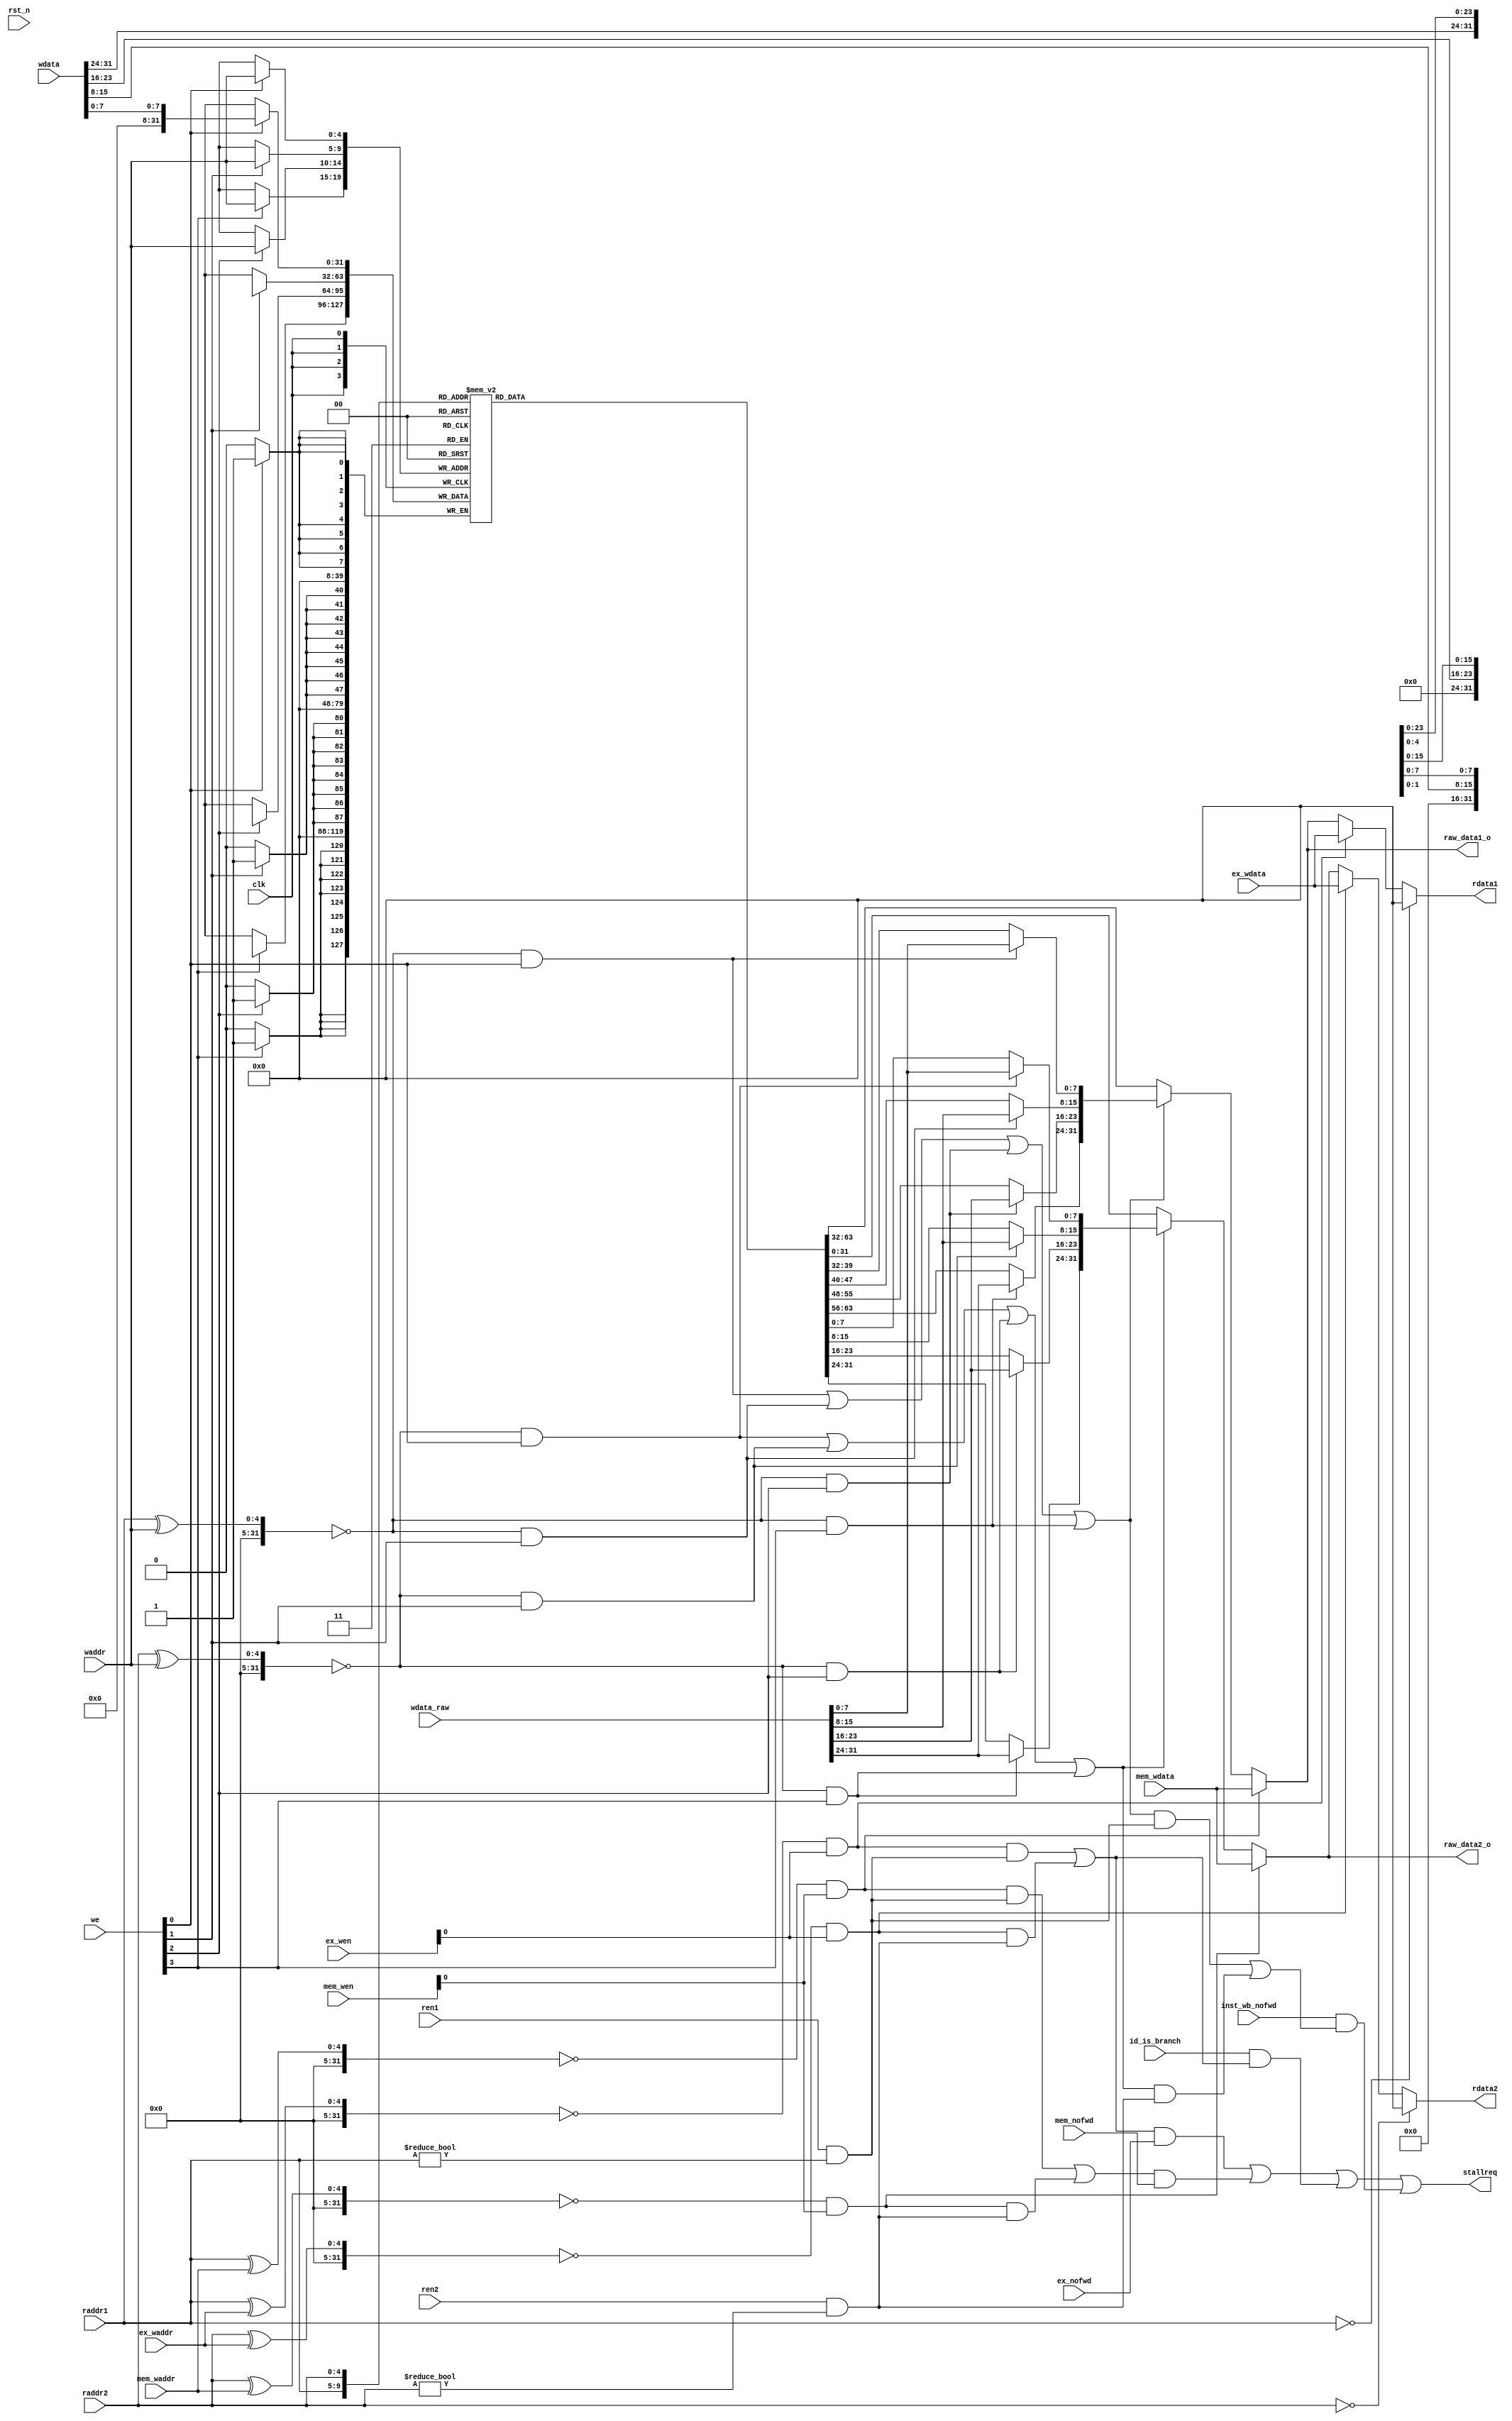
module regfile
(
	input 	wire		 	clk,
    input   wire            rst_n,
	//for read
	input	wire 			ren1,
	input	wire 			ren2,
	input 	wire [ 4: 0]	raddr1,
	input 	wire [ 4: 0]	raddr2,
	output 	wire [31: 0]	rdata1,
	output 	wire [31: 0]	rdata2,
	//for write
	input 	wire [ 3: 0]	we,
	input 	wire [ 4: 0]	waddr,
	input	wire [31: 0]	wdata,
    input   wire [31: 0]    wdata_raw,//used for bypass
	//for bypass
	input 	wire [ 3: 0]	ex_wen,
	input	wire [ 4: 0]	ex_waddr,
	input 	wire [31: 0]	ex_wdata,
	input 	wire [ 3: 0]	mem_wen,
	input	wire [ 4: 0]	mem_waddr,
	input 	wire [31: 0]	mem_wdata,

	//指令相关等需要暂停两周期
	input	wire 			ex_nofwd,
	input	wire 			mem_nofwd,
    input   wire            inst_wb_nofwd,//with different meaning from ex/mem_nofwd
                                          //mean that this instruction should get an extra stall when it has wb relevance
	output  wire 			stallreq,

    //当ID为branch指令且存在数据冲突时暂停一拍
    input   wire            id_is_branch,

    //分割信号
    output  wire [31: 0]    raw_data1_o,  
    output  wire [31: 0]    raw_data2_o
);

	reg [31: 0] GPR [31: 0];

	integer i;
    initial for (i = 0; i < 32; i = i + 1) GPR[i] = 0;

    wire   r1_ex_haz;
    wire   r1_mem_haz;
    wire   r1_wb_haz1;
    wire   r1_wb_haz2;
    wire   r1_wb_haz3;
    wire   r1_wb_haz4;
    wire   r1_wb_haz;

    wire   r2_ex_haz;
    wire   r2_mem_haz;
    wire   r2_wb_haz1; 
    wire   r2_wb_haz2;
    wire   r2_wb_haz3;
    wire   r2_wb_haz4;
    wire   r2_wb_haz;

    wire   branch_stall;

    always @(posedge clk) begin
        if(we[0])  GPR[waddr][ 7: 0] <= wdata[ 7: 0];
        if(we[1])  GPR[waddr][15: 8] <= wdata[15: 8];
        if(we[2])  GPR[waddr][23:16] <= wdata[23:16];
        if(we[3])  GPR[waddr][31:24] <= wdata[31:24];
    end

    assign   r1_ex_haz  = (raddr1 ^ ex_waddr ) == 0 && ex_wen[0] ;
    assign   r1_mem_haz = (raddr1 ^ mem_waddr) == 0 && mem_wen[0];
    assign   r1_wb_haz1 = (raddr1 ^ waddr    ) == 0 && we[0] ;
    assign   r1_wb_haz2 = (raddr1 ^ waddr    ) == 0 && we[1] ;
    assign   r1_wb_haz3 = (raddr1 ^ waddr    ) == 0 && we[2] ;
    assign   r1_wb_haz4 = (raddr1 ^ waddr    ) == 0 && we[3] ;

    assign   r2_ex_haz  = (raddr2 ^ ex_waddr ) == 0 && ex_wen[0] ;
    assign   r2_mem_haz = (raddr2 ^ mem_waddr) == 0 && mem_wen[0];
    assign   r2_wb_haz1 = (raddr2 ^ waddr    ) == 0 && we[0];
    assign   r2_wb_haz2 = (raddr2 ^ waddr    ) == 0 && we[1];
    assign   r2_wb_haz3 = (raddr2 ^ waddr    ) == 0 && we[2];
    assign   r2_wb_haz4 = (raddr2 ^ waddr    ) == 0 && we[3];

    assign   r1_wb_haz  = r1_wb_haz1 | r1_wb_haz2 | r1_wb_haz3 | r1_wb_haz4;
    assign   r2_wb_haz  = r2_wb_haz1 | r2_wb_haz2 | r2_wb_haz3 | r2_wb_haz4;

    wire [31: 0] lrdata1;
    wire [31: 0] lrdata2;
    assign lrdata1[ 7: 0] = r1_wb_haz1 ? wdata_raw[ 7: 0] : GPR[raddr1][ 7: 0];
    assign lrdata1[15: 8] = r1_wb_haz2 ? wdata_raw[15: 8] : GPR[raddr1][15: 8];
    assign lrdata1[23:16] = r1_wb_haz3 ? wdata_raw[23:16] : GPR[raddr1][23:16];
    assign lrdata1[31:24] = r1_wb_haz4 ? wdata_raw[31:24] : GPR[raddr1][31:24];

    assign lrdata2[ 7: 0] = r2_wb_haz1 ? wdata_raw[ 7: 0] : GPR[raddr2][ 7: 0];
    assign lrdata2[15: 8] = r2_wb_haz2 ? wdata_raw[15: 8] : GPR[raddr2][15: 8];
    assign lrdata2[23:16] = r2_wb_haz3 ? wdata_raw[23:16] : GPR[raddr2][23:16];
    assign lrdata2[31:24] = r2_wb_haz4 ? wdata_raw[31:24] : GPR[raddr2][31:24];


//bypass
    assign rdata1 = raddr1 == 0 ? 0         :
                    r1_ex_haz   ? ex_wdata  :
                    r1_mem_haz  ? mem_wdata : 
                    r1_wb_haz   ? lrdata1   :
                    GPR[raddr1];

    assign rdata2 = raddr2 == 0 ? 0         :
                    r2_ex_haz   ? ex_wdata  :
                    r2_mem_haz  ? mem_wdata : 
                    r2_wb_haz   ? lrdata2   :
                    GPR[raddr2];

//沿用CK的设计，当EX段不能产生结果时暂停两周期
    wire   r1_rvalid = ren1 && (raddr1 != 0);
    wire   r2_rvalid = ren2 && (raddr2 != 0);
    wire   ex_haz    = (r1_ex_haz  && r1_rvalid) || (r2_ex_haz  && r2_rvalid);
    wire   mem_haz   = (r1_mem_haz && r1_rvalid) || (r2_mem_haz && r2_rvalid);
    wire   wb_haz    = (r1_wb_haz  && r1_rvalid) || (r2_wb_haz  && r2_rvalid);
    assign stallreq  = (ex_haz     && ex_nofwd ) || (mem_haz    && mem_nofwd) 
                       || branch_stall || ( inst_wb_nofwd && wb_haz );

    assign branch_stall   = id_is_branch && ex_haz ;


//当ID段为branch且与EX段存在相关时暂停一拍,送往ID branch的数据不必考虑EX段的旁路

    assign raw_data1_o          =   r1_mem_haz  ? mem_wdata : 
                                    r1_wb_haz   ? lrdata1   :
                                    GPR[raddr1];
    assign raw_data2_o          =   r2_mem_haz  ? mem_wdata : 
                                    r2_wb_haz   ? lrdata2   :
                                    GPR[raddr2];

endmodule